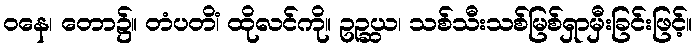
ဝနေ၊ တော၌။ တံပတိံ၊ ထိုလင်ကို။ ဥဉ္ဆယ၊ သစ်သီးသစ်မြစ်ရှာမှီးခြင်းဖြင့်။